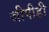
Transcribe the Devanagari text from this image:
जीपीडी